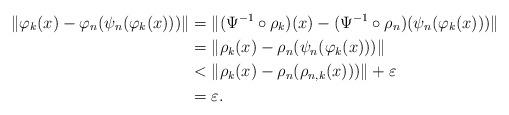
LaTeX: \begin{align*} \|\varphi_k(x)-\varphi_n(\psi_n(\varphi_k(x)))\|&=\|(\Psi^{-1}\circ\rho_k)(x)-(\Psi^{-1}\circ\rho_n)(\psi_n(\varphi_k(x)))\|\\ &=\|\rho_k(x)-\rho_n(\psi_n(\varphi_k(x)))\|\\ &< \|\rho_k(x)-\rho_n(\rho_{n,k}(x)))\|+ \varepsilon\\ &=\varepsilon. \end{align*}